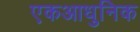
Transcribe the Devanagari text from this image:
एकआधुनिक